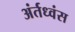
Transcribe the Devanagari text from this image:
अंर्तध्वंस